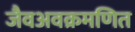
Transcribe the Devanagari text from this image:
जैवअवक्रमणित